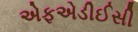
એફએડીઈસી